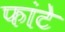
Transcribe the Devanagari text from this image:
फांटे